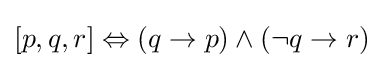
[p,q,r]\Leftrightarrow (q\to p)\land (\neg q\to r)